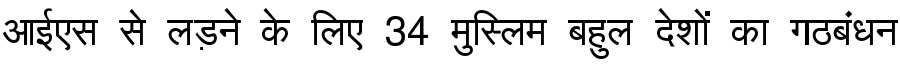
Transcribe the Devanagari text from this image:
आईएस से लड़ने के लिए 34 मुस्लिम बहुल देशों का गठबंधन